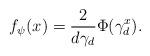
LaTeX: \begin{align*}f_\psi(x) = \frac{2}{d\gamma_d} \Phi(\gamma_d^x).\end{align*}